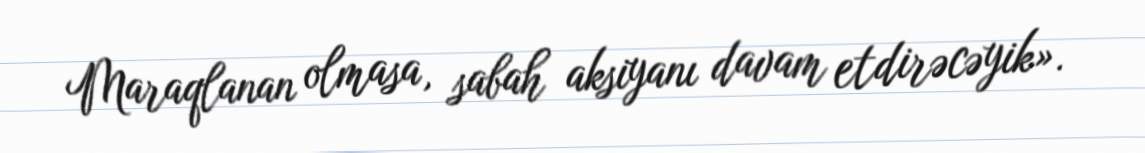
Maraqlanan olmasa, sabah aksiyanı davam etdirəcəyik».